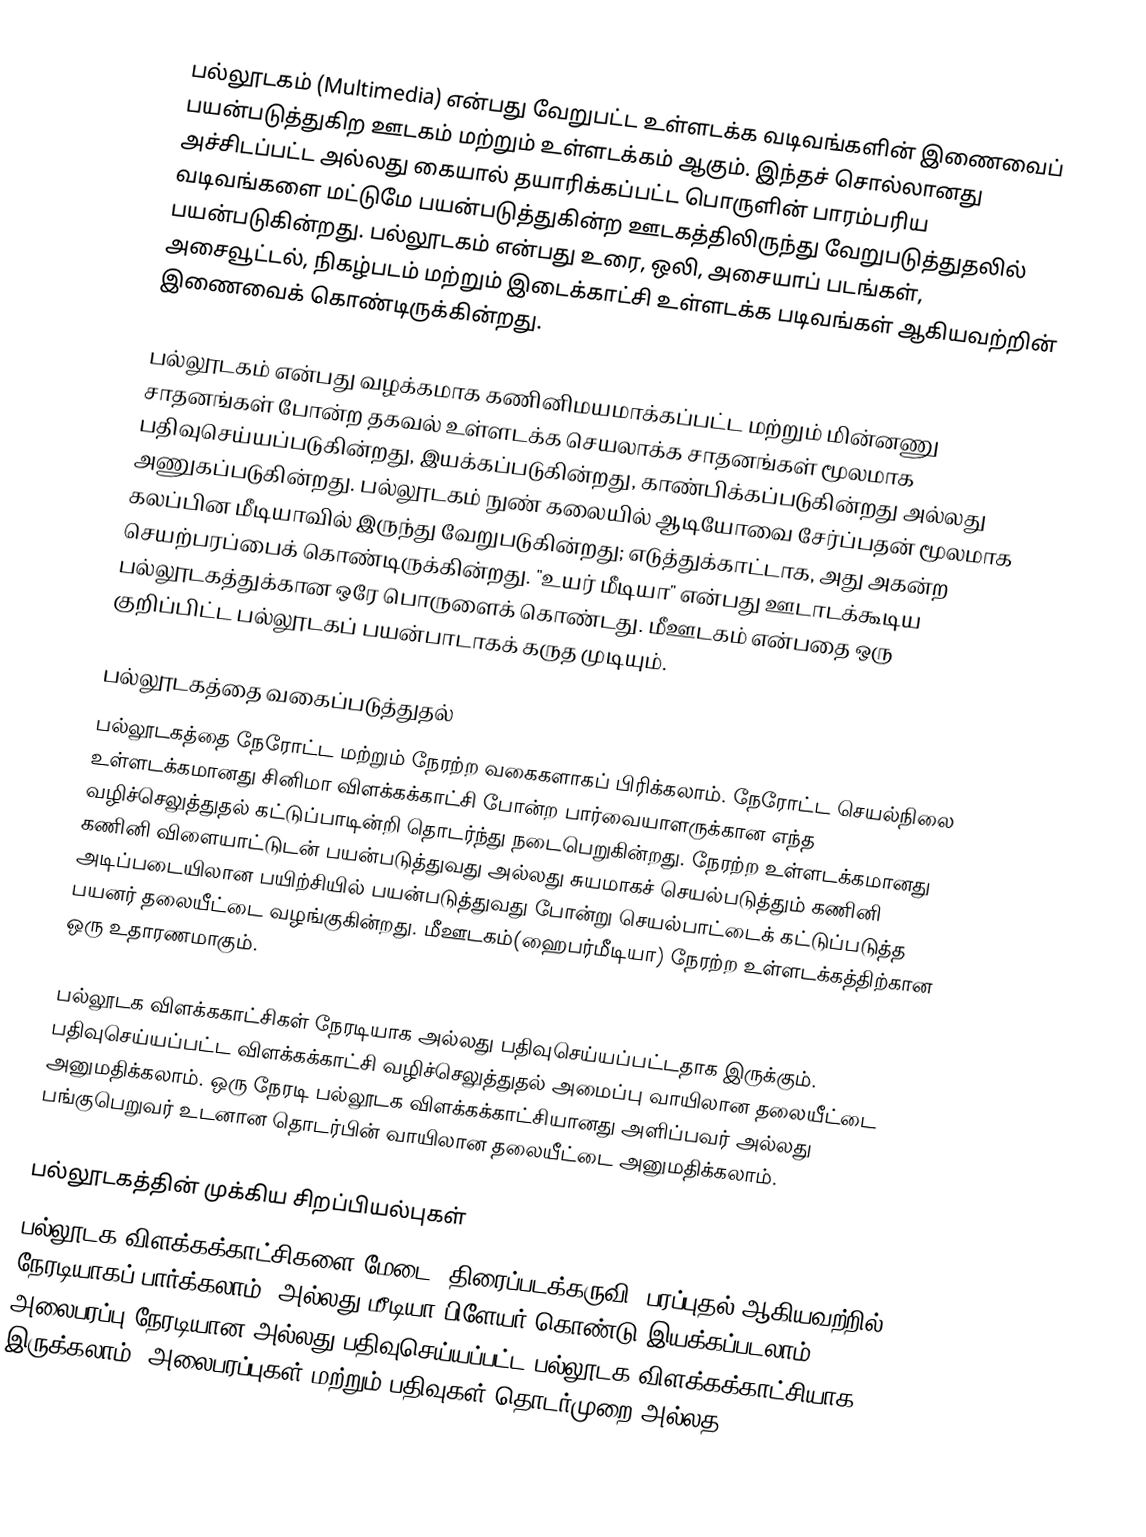
பல்லூடகம் (Multimedia) என்பது வேறுபட்ட உள்ளடக்க வடிவங்களின் இணைவைப் பயன்படுத்துகிற ஊடகம் மற்றும் உள்ளடக்கம் ஆகும். இந்தச் சொல்லானது அச்சிடப்பட்ட அல்லது கையால் தயாரிக்கப்பட்ட பொருளின் பாரம்பரிய வடிவங்களை மட்டுமே பயன்படுத்துகின்ற ஊடகத்திலிருந்து வேறுபடுத்துதலில் பயன்படுகின்றது. பல்லூடகம் என்பது உரை, ஒலி, அசையாப் படங்கள், அசைவூட்டல், நிகழ்படம் மற்றும் இடைக்காட்சி உள்ளடக்க படிவங்கள் ஆகியவற்றின் இணைவைக் கொண்டிருக்கின்றது.

பல்லூடகம் என்பது வழக்கமாக கணினிமயமாக்கப்பட்ட மற்றும் மின்னணு சாதனங்கள் போன்ற தகவல் உள்ளடக்க செயலாக்க சாதனங்கள் மூலமாக பதிவுசெய்யப்படுகின்றது, இயக்கப்படுகின்றது, காண்பிக்கப்படுகின்றது அல்லது அணுகப்படுகின்றது. பல்லூடகம் நுண் கலையில் ஆடியோவை சேர்ப்பதன் மூலமாக கலப்பின மீடியாவில் இருந்து வேறுபடுகின்றது; எடுத்துக்காட்டாக, அது அகன்ற செயற்பரப்பைக் கொண்டிருக்கின்றது. "உயர் மீடியா" என்பது ஊடாடக்கூடிய பல்லூடகத்துக்கான ஒரே பொருளைக் கொண்டது.  மீஊடகம் என்பதை ஒரு குறிப்பிட்ட பல்லூடகப் பயன்பாடாகக் கருத முடியும்.

பல்லூடகத்தை வகைப்படுத்துதல்
பல்லூடகத்தை நேரோட்ட மற்றும் நேரற்ற வகைகளாகப் பிரிக்கலாம். நேரோட்ட செயல்நிலை உள்ளடக்கமானது சினிமா விளக்கக்காட்சி போன்ற பார்வையாளருக்கான எந்த வழிச்செலுத்துதல் கட்டுப்பாடின்றி தொடர்ந்து நடைபெறுகின்றது. நேரற்ற உள்ளடக்கமானது கணினி விளையாட்டுடன் பயன்படுத்துவது அல்லது சுயமாகச் செயல்படுத்தும் கணினி அடிப்படையிலான பயிற்சியில் பயன்படுத்துவது போன்று செயல்பாட்டைக் கட்டுப்படுத்த பயனர் தலையீட்டை வழங்குகின்றது. மீஊடகம்(ஹைபர்மீடியா) நேரற்ற உள்ளடக்கத்திற்கான ஒரு உதாரணமாகும்.

பல்லூடக விளக்ககாட்சிகள் நேரடியாக அல்லது பதிவுசெய்யப்பட்டதாக இருக்கும். பதிவுசெய்யப்பட்ட விளக்கக்காட்சி வழிச்செலுத்துதல் அமைப்பு வாயிலான தலையீட்டை அனுமதிக்கலாம். ஒரு நேரடி பல்லூடக விளக்கக்காட்சியானது அளிப்பவர் அல்லது பங்குபெறுவர் உடனான தொடர்பின் வாயிலான தலையீட்டை அனுமதிக்கலாம்.

பல்லூடகத்தின் முக்கிய சிறப்பியல்புகள்
பல்லூடக விளக்கக்காட்சிகளை மேடை, திரைப்படக்கருவி, பரப்புதல் ஆகியவற்றில் நேரடியாகப் பார்க்கலாம், அல்லது மீடியா பிளேயர் கொண்டு இயக்கப்படலாம். அலைபரப்பு நேரடியான அல்லது பதிவுசெய்யப்பட்ட பல்லூடக விளக்கக்காட்சியாக இருக்கலாம். அலைபரப்புகள் மற்றும் பதிவுகள் தொடர்முறை அல்லத